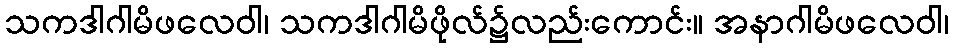
သကဒါဂါမိဖလေဝါ၊ သကဒါဂါမိဖိုလ်၌လည်းကောင်း။ အနာဂါမိဖလေဝါ၊